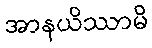
အာနယိဿာမိ